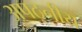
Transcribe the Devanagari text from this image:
अपठ्नीय